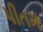
પીતમ